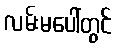
လမ်းမပေါ်တွင်